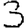
Digit: 3